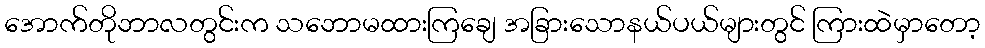
အောက်တိုဘာလတွင်းက သဘောမထားကြချေ အခြားသောနယ်ပယ်များတွင် ကြားထဲမှာတော့